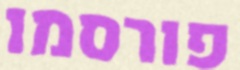
פורסמו